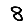
Digit: 8